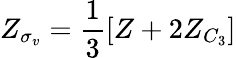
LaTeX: Z_{\sigma_{v}}=\frac{1}{3}[Z+2Z_{C_{3}}]